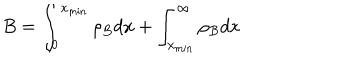
B = \int _ { 0 } ^ { x _ { \mathrm { m i n } } } \rho _ { B } d x + \int _ { x _ { \mathrm { m i n } } } ^ { \infty } \rho _ { B } d x \nonumber